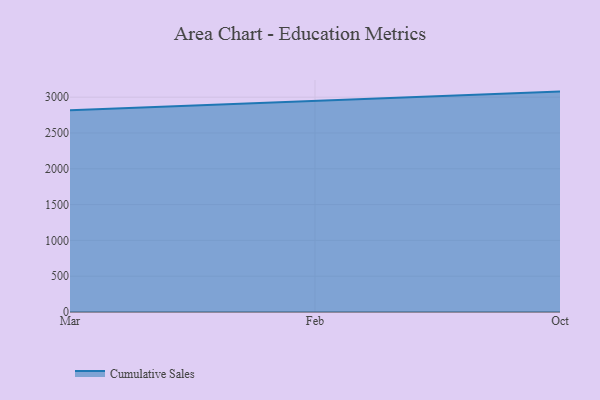
{"axis": {"x": "Month", "y": "Latency (ms)"}, "legend": ["Cumulative Sales"], "data": [{"x": "Mar", "y": 2818.8, "type": "Cumulative Sales"}, {"x": "Feb", "y": 2952.0, "type": "Cumulative Sales"}, {"x": "Oct", "y": 3077.7, "type": "Cumulative Sales"}]}